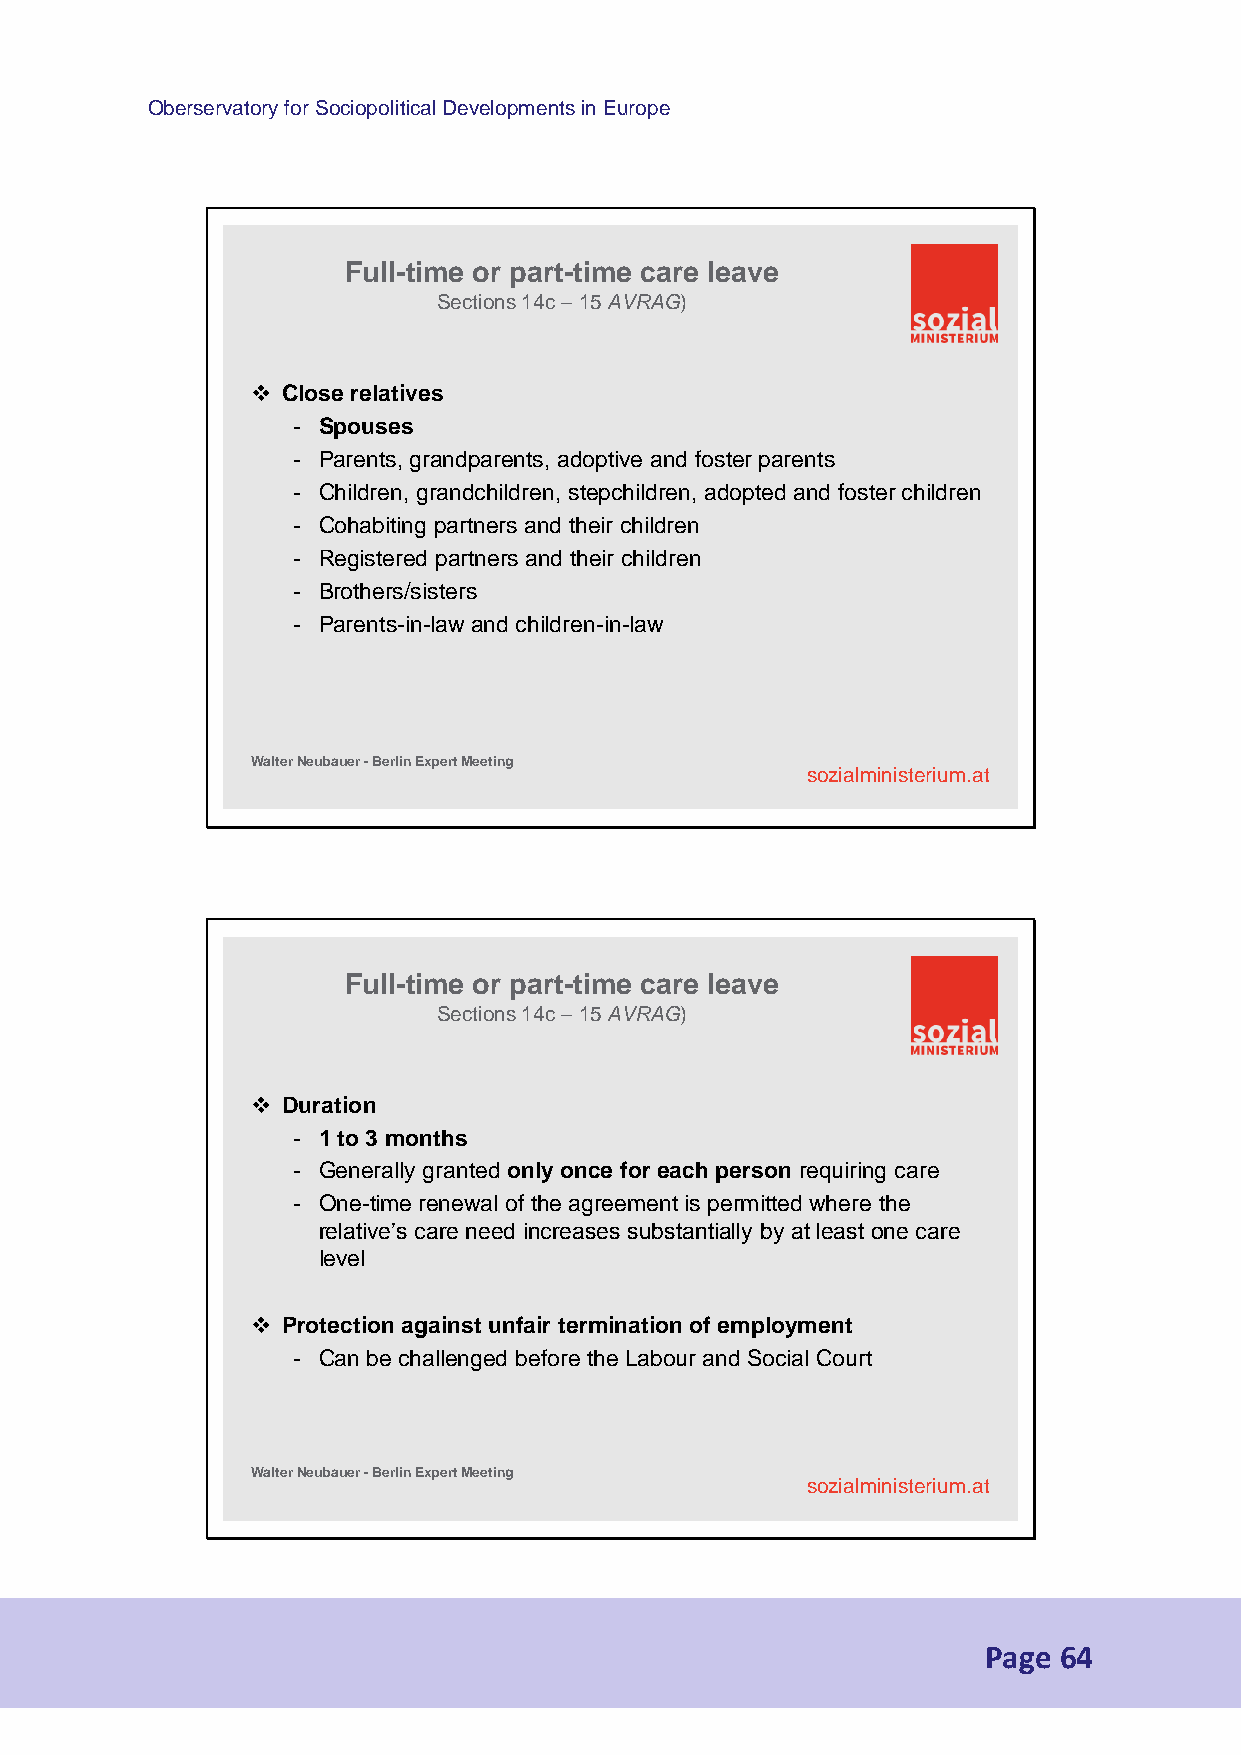
Oberservatory for Sociopolitical Developments in Europe
 Full-time or part-time care leave
 Sections 14c –15 AVRAG)
  Close relatives
 - Spouses
 - Parents, grandparents, adoptive and foster parents
 - Children, grandchildren, stepchildren, adopted and foster children
 - Cohabiting partners and their children
 - Registered partners and their children
 - Brothers/sisters
 - Parents-in-law and children-in-law
 Walter Neubauer -Berlin Expert Meeting
 sozialministerium.at
 Full-time or part-time care leave
 Sections 14c –15 AVRAG)
  Duration
 - 1 to 3 months
 - Generally granted only once for each person requiring care
 - One-time renewal of the agreement is permitted where the
 relative’s care need increases substantially by at least one care
 level
  Protection against unfair termination of employment
 - Can be challenged before the Labour and Social Court
 Walter Neubauer -Berlin Expert Meeting
 sozialministerium.at
 Page 64